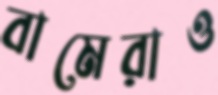
বামেরাও